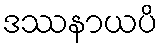
ဒဿနာယပိ